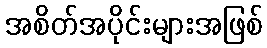
အစိတ်အပိုင်းများအဖြစ်